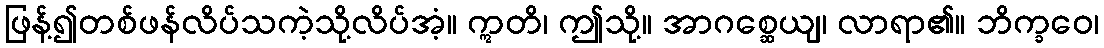
ဖြန့်၍တစ်ဖန်လိပ်သကဲ့သို့လိပ်အံ့။ ဣတိ၊ ဤသို့။ အာဂစ္ဆေယျ၊ လာရာ၏။ ဘိက္ခဝေ၊